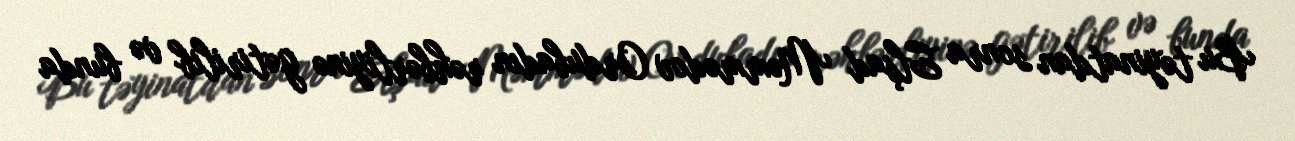
Bu təyinatdan sonra Elşad Məmmədov Ordubadın rəhbərliyinə gətirilib və bunda